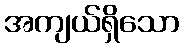
အကျယ်ရှိသော